65_HS1-834228961_62-HQ-83894_Section_3
Agency: FBI
Page 90
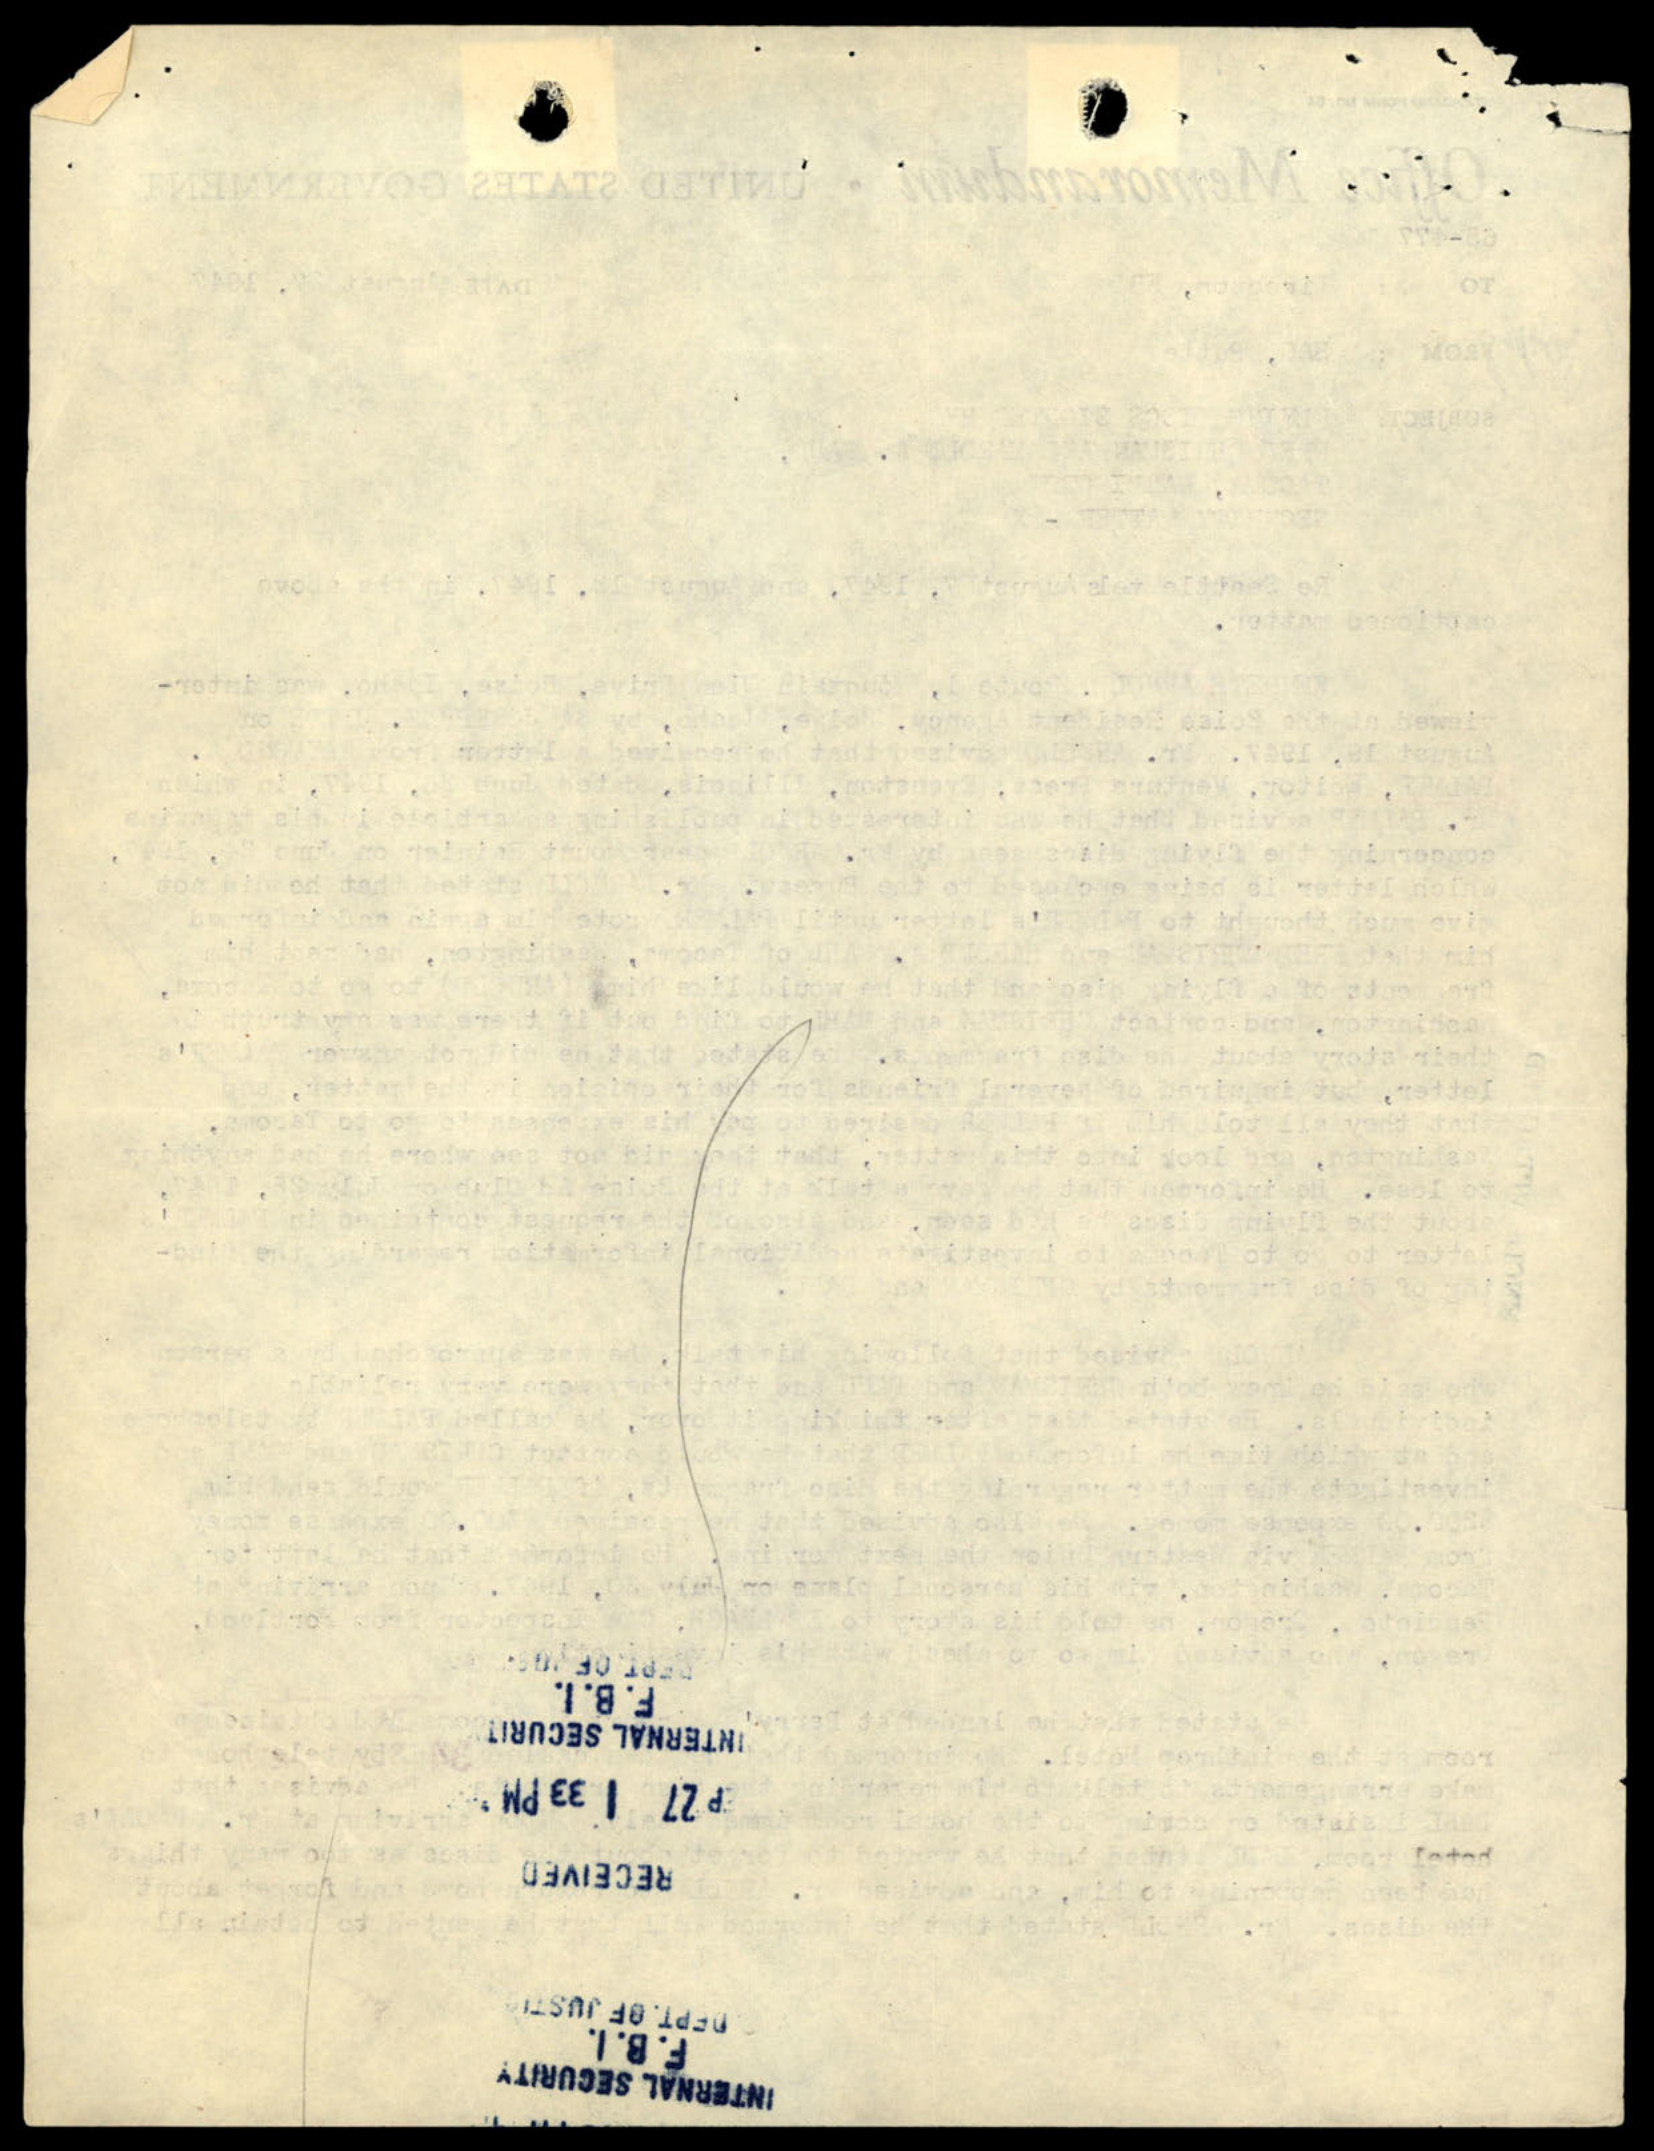